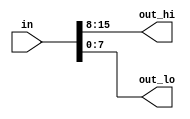
// This program was cloned from: https://github.com/milind7777/VerilogDocGen
// License: MIT License

module vector1 (
  input [15:0] in,
  output [7:0] out_hi,
  output [7:0] out_lo

);

  assign {out_hi, out_lo} = in;

endmodule